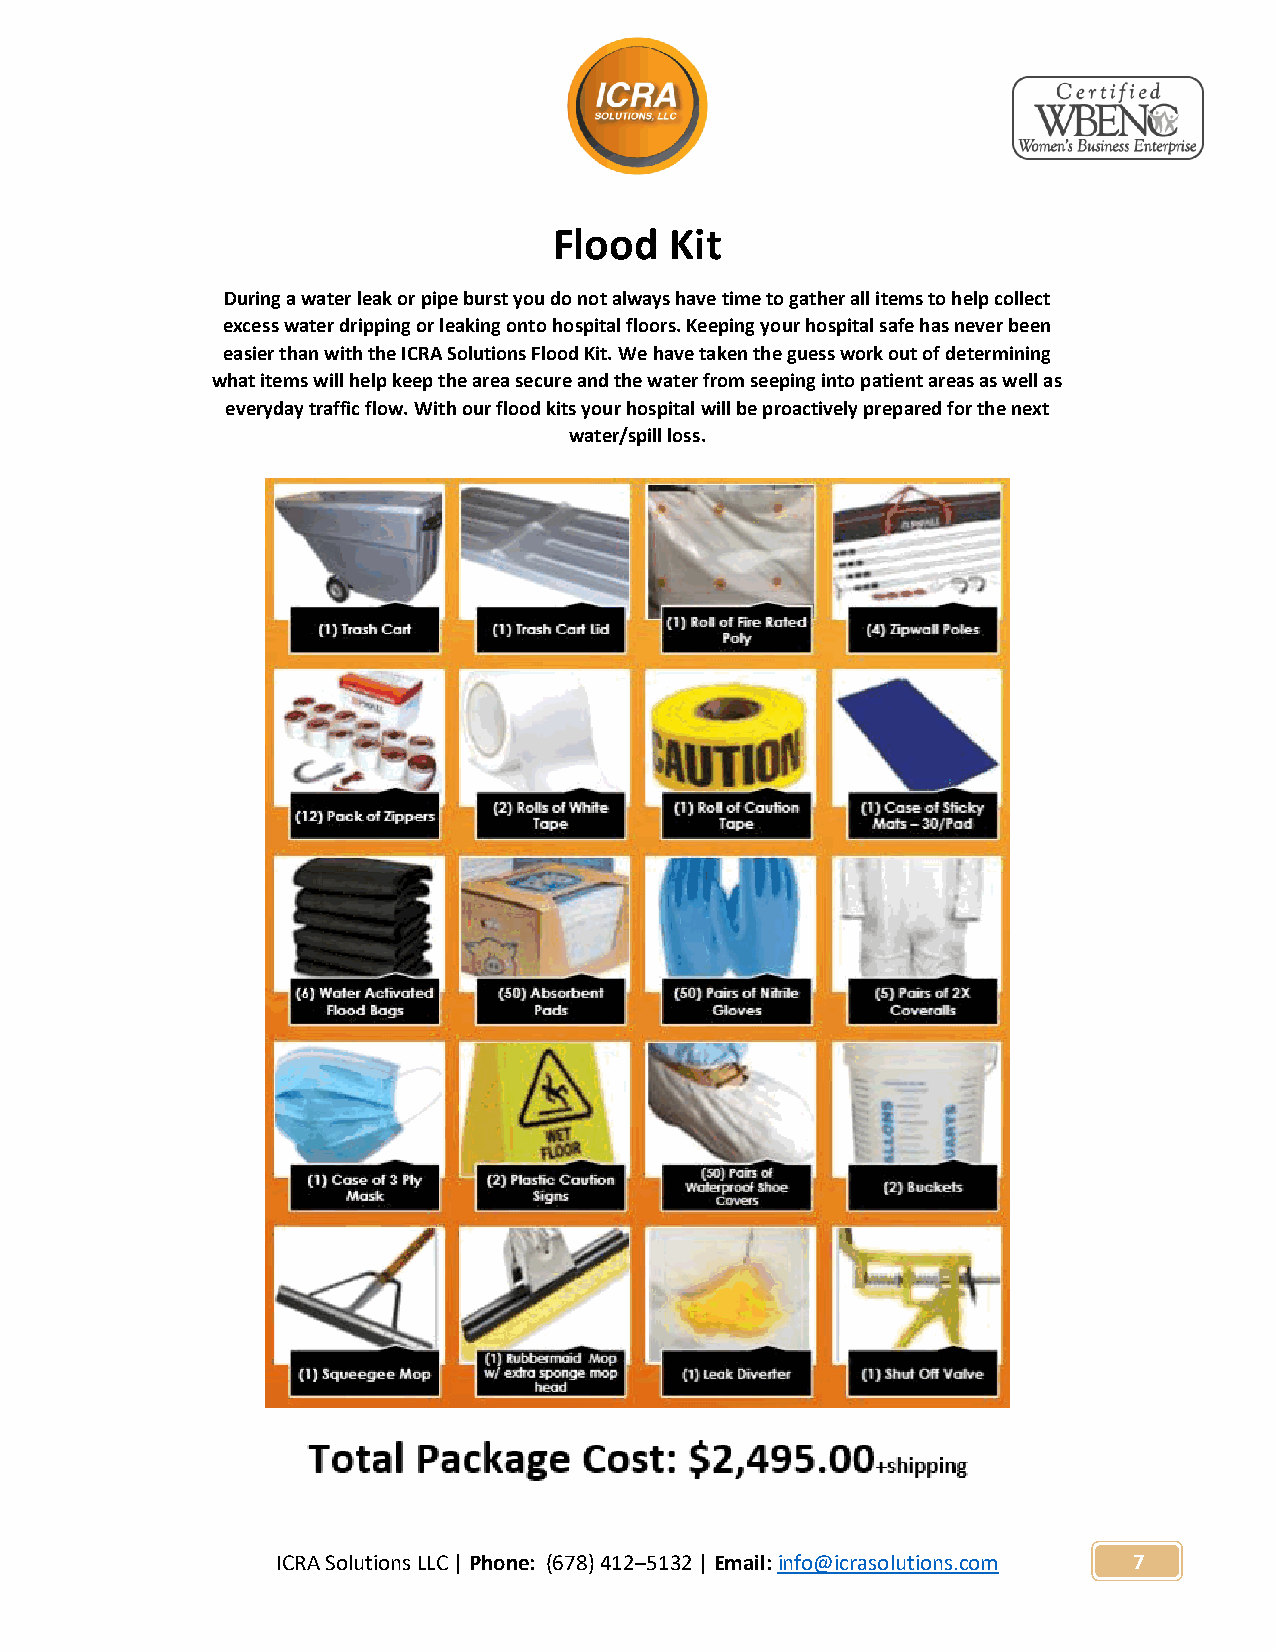
Flood  Kit
 During a water leak or pipe burst you do not always have time to gather all items to help collect
 excess water dripping or leaking onto hospital floors. Keeping your hospital safe has never been
 easier than with the ICRA Solutions Flood Kit. We have taken the guess work out of determining
 what items will help keep the area secure and the water from seeping into patient areas as well as
 everyday traffic flow. With our flood kits your hospital will be proactively prepared for the next
 water/spill loss.
 ICRA Solutions LLC | Phone: (678) 412–5132 | Email: info@icrasolutions.com 7